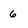
Character: 6